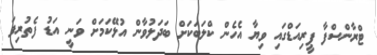
ޓްރާންސްފާ ޕީރިއަޑްގައި ވިޔާ އެހެން ކްލަބަކަށް ބަދަލުވާން އުޅޭކަމަށް ވަނީ އަޑު ފެތުރިފަ